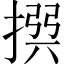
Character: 𢰅